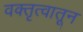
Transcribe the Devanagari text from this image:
वक्तृत्वातून